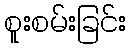
စူးစမ်းခြင်း